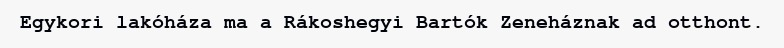
Egykori lakóháza ma a Rákoshegyi Bartók Zeneháznak ad otthont.